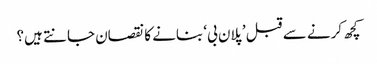
کچھ کرنے سے قبل ’پلان بی‘ بنانے کا نقصان جانتے ہیں؟